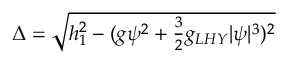
\begin{array} { r } { \Delta = \sqrt { h _ { 1 } ^ { 2 } - ( g \psi ^ { 2 } + \frac { 3 } { 2 } g _ { L H Y } | \psi | ^ { 3 } ) ^ { 2 } } } \end{array}